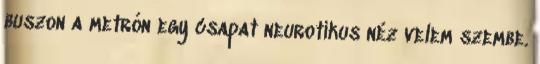
buszon a metrón egy csapat neurotikus néz velem szembe.